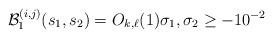
LaTeX: \begin{align*} \mathcal{B}_1^{(i,j)}(s_1,s_2) = O_{k,\ell}(1) \sigma_1, \sigma_2 \ge -10^{-2}\end{align*}